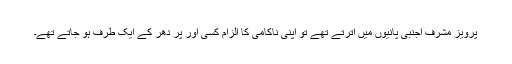
پرویز مشرف اجنبی پانیوں میں اترتے تھے تو اپنی ناکامی کا الزام کسی اور پر دھر کے ایک طرف ہو جاتے تھے۔